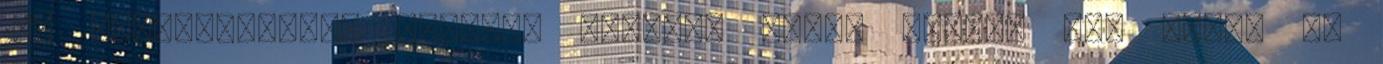
10. évfordulóján. Nyugodj békében drága lélek. Fia Tibor és